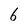
Character: 6